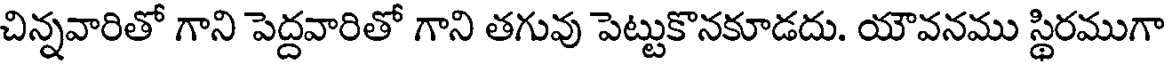
చిన్నవారితో గాని పెద్దవారితో గాని తగువు పెట్టుకొనకూడదు. యౌవనము స్థిరముగా